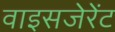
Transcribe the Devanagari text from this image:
वाइसजेरेंट